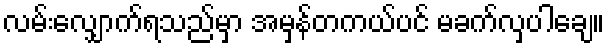
လမ်းလျှောက်ရသည်မှာ အမှန်တကယ်ပင် မခက်လှပါချေ။